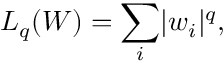
L _ { q } ( W ) = \sum _ { i } \lvert w _ { i } \rvert ^ { q } ,